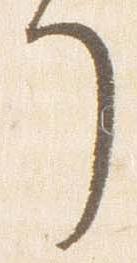
了